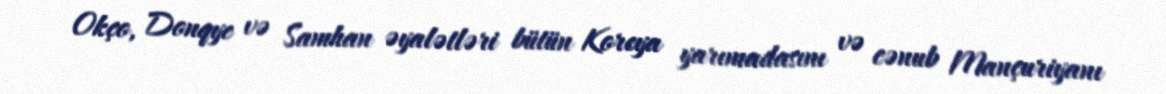
Okço, Donqye və Samhan əyalətləri bütün Koreya yarımadasını və cənub Mançuriyanı